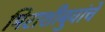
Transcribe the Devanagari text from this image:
मिराशीबुवांचे